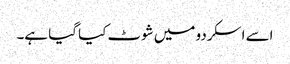
اسے اسکردو میں شوٹ کیا گیا ہے۔